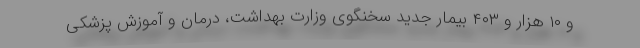
و ۱۰ هزار و ۴۰۳ بیمار جدید سخنگوی وزارت بهداشت، درمان و آموزش پزشکی